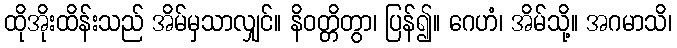
ထိုအိုးထိန်းသည် အိမ်မှသာလျှင်။ နိဝတ္တိတွာ၊ ပြန်၍။ ဂေဟံ၊ အိမ်သို့။ အဂမာသိ၊